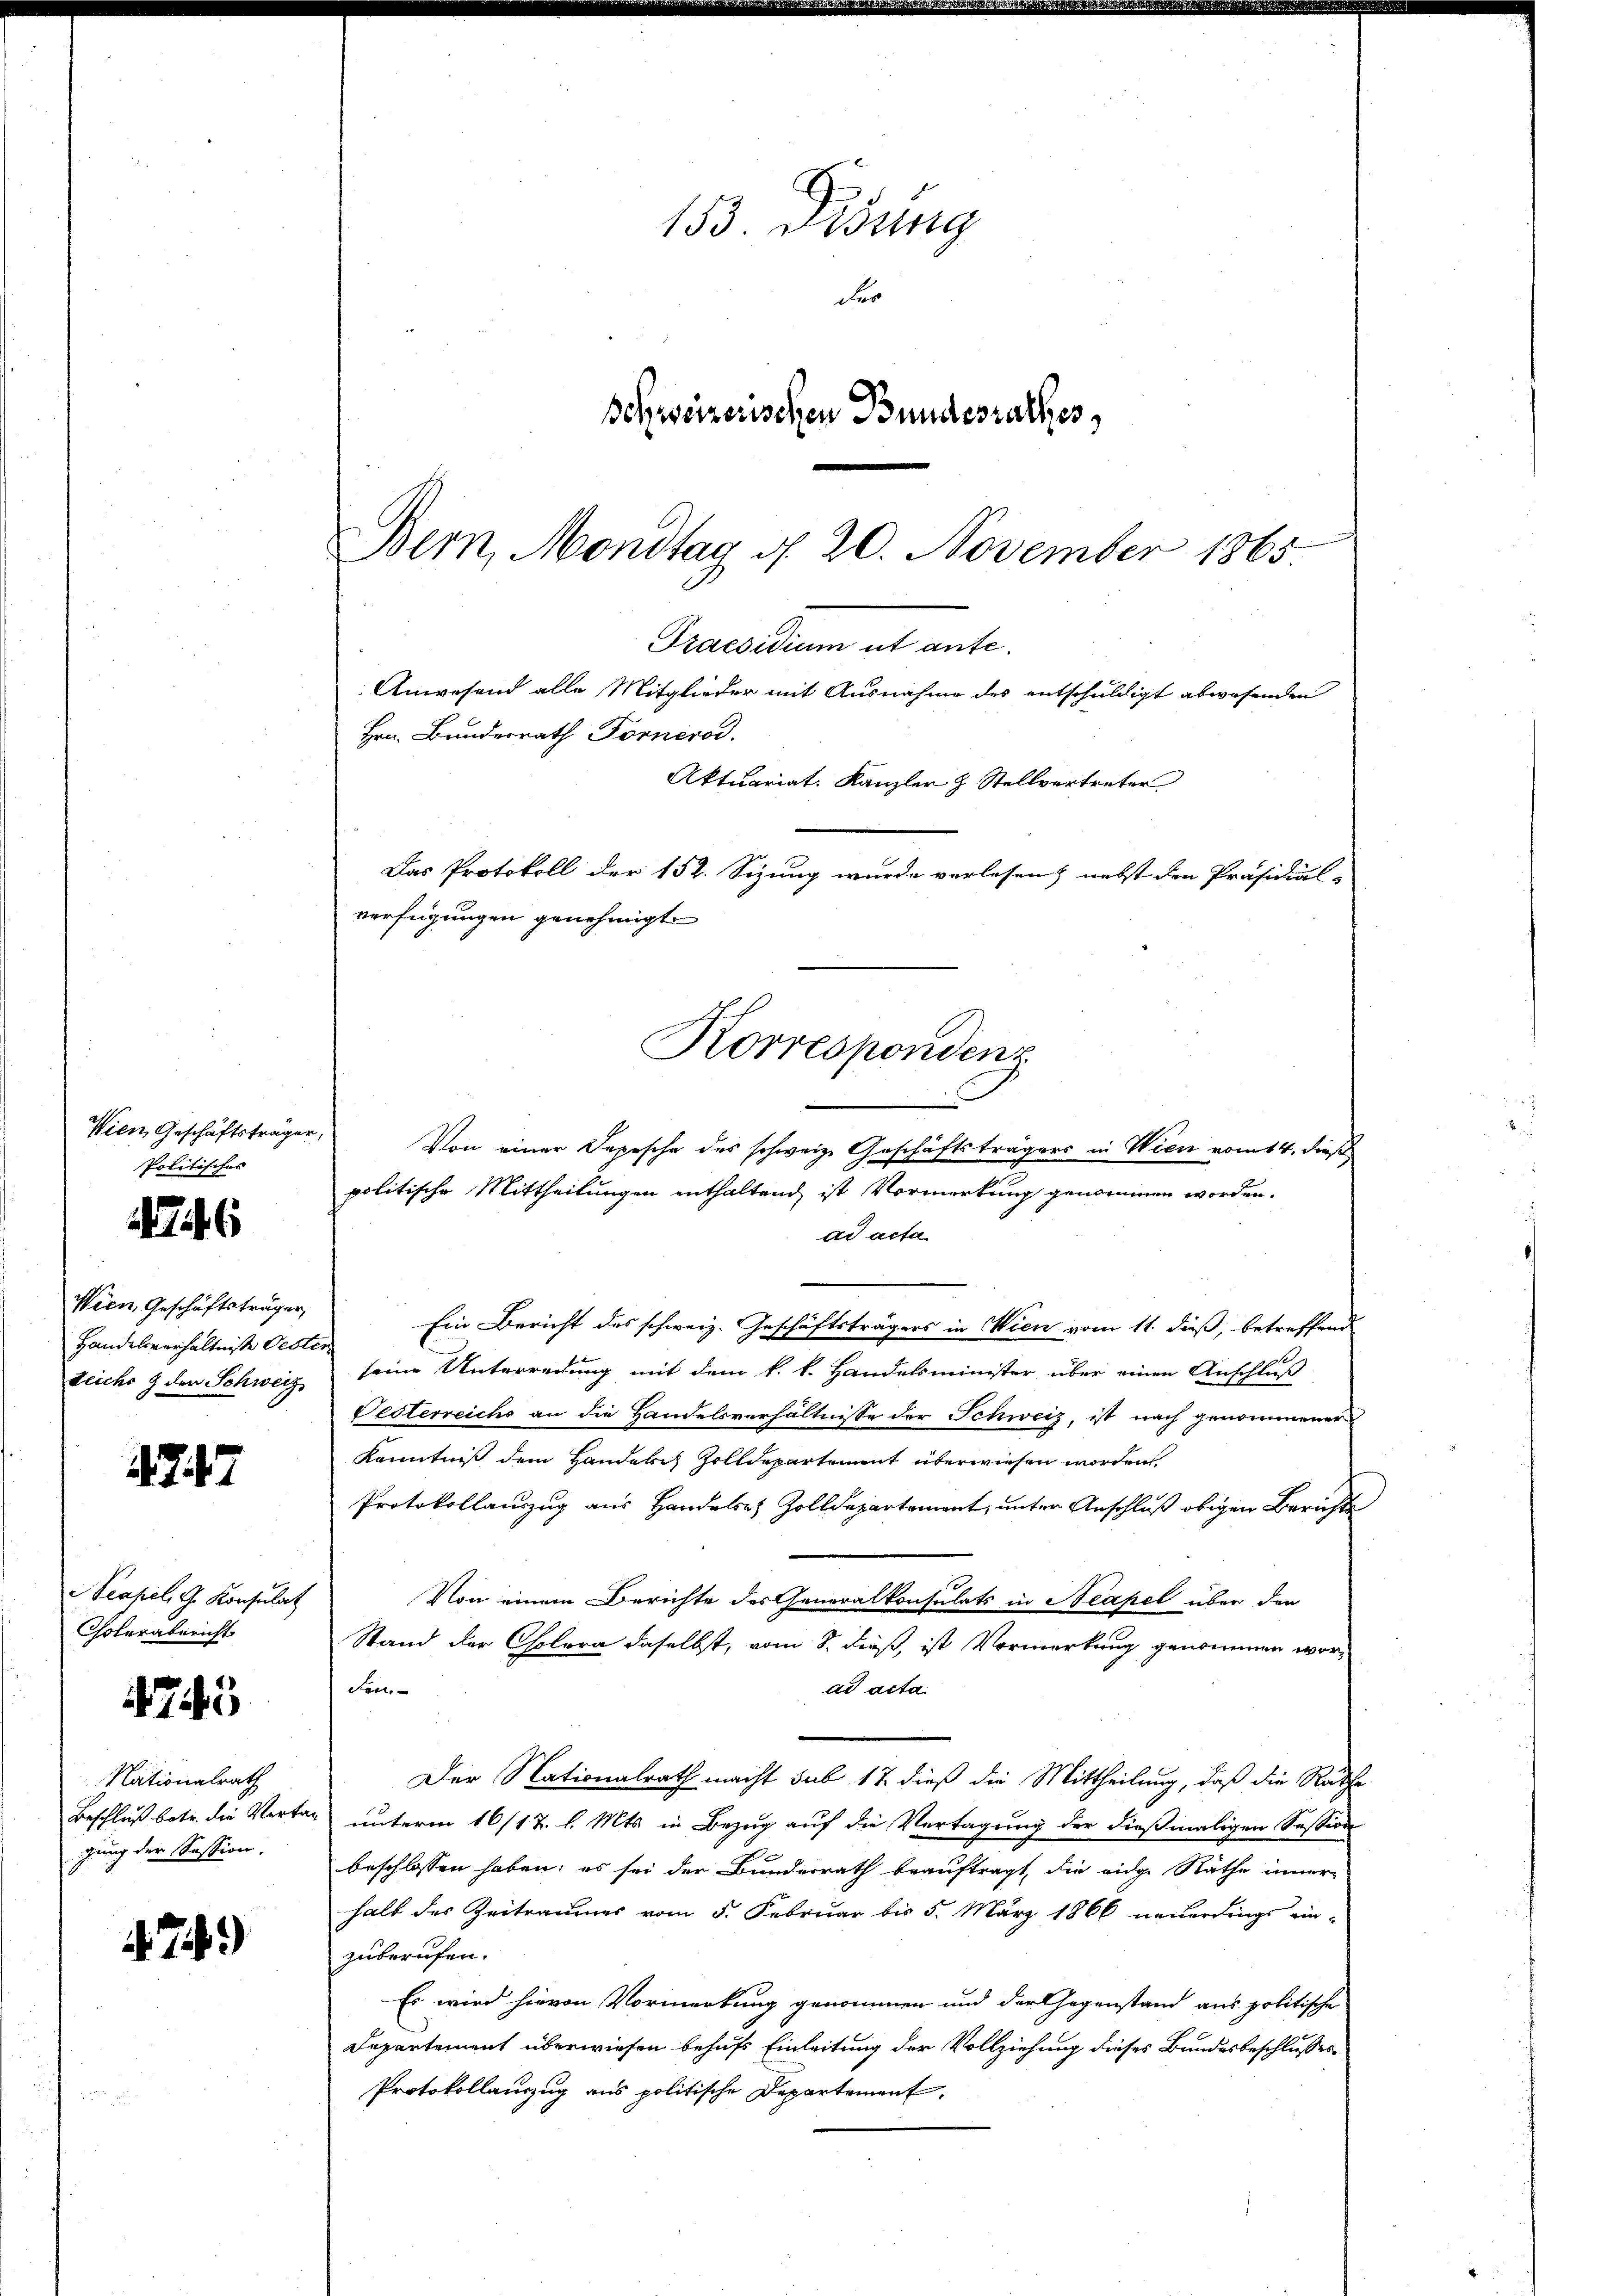
Wien, Geschäftsträger,
Politisches

46

Wien, Geschäftsträger
Handelsverhältniße Oest
teichs & der Schweiz

747

Scapel, G. Konsulat
Cholerabericht

745

Nationalrath
Beschluß betr. die Vertr
gung der Session.

74)

153 Didung
der
Schweizerischen Bundesrathes,

Bern, Mondtag d. 20. November 1865
Praesidium ut ante¬
Anwesend alle Mitglieder mit Ausnahme des entschuldigt abwesenden
Hrn. Bundesrath Fornerod.
Das Protokoll der 152. Sizung wurde vorlesen, nebst den Präsidial-
verfügungen genehmigt.
Korrespondenz
Von einer Depesche des schweiz. Geschäftsträgers in Wien vom 14. dieß

Aktuariat. Kanzler & Stellvertreter

politische Mittheilungen enthaltend, ist Vormerkung genommen worden.
ad acta
Ein Bericht des schweiz. Geschäftsträgers in Wien vom 11. dieß, betreffend
seine Unterredung mit dem k. k. Handelsminister über einen Anschluß
Desterreichs an die Handelsverhältnisse der Schweiz, ist nach genommener
Kenntniß dem Handele Zolldepartement überwiesen worden.
Protokollauszug aus Handels Zolldepartement, unter Anschluß obigen Berichts
Von einem Berichte des Generalkonsulats in Neapel über den
Stand der Cholera daselbst, vom 8. dieß, ist Vormerkung genommen worden.
ad acta.
Der Nationalrath macht sub 17 dieß die Mittheilung, daß die Ratha
unterm 16/12. l. Mts. in Bezug auf die Vertagung der dießmaligen Session
beschlossen haben; es sei der Bunderrath beauftragt, die eidge Räthe inner-
halb des Zeitraumes vom 5. Februar bis 5. März 1866 neuerdings ein-
zuberufen.
Es wird hievon Vormerkung genommen und der Gegenstand aus politische
Departement überwiesen behufs Einleitung der Vollziehung dieses Bundesbeschlusses
Protokollauszug aus politische Departement